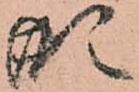
形